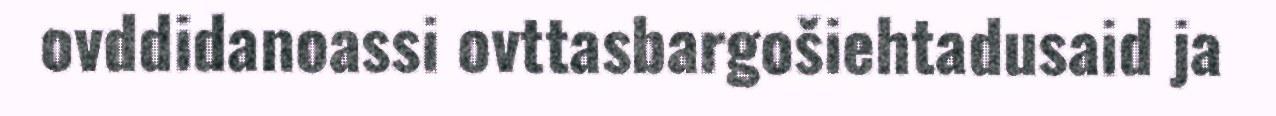
ovddidanoassi ovttasbargošiehtadusaid ja